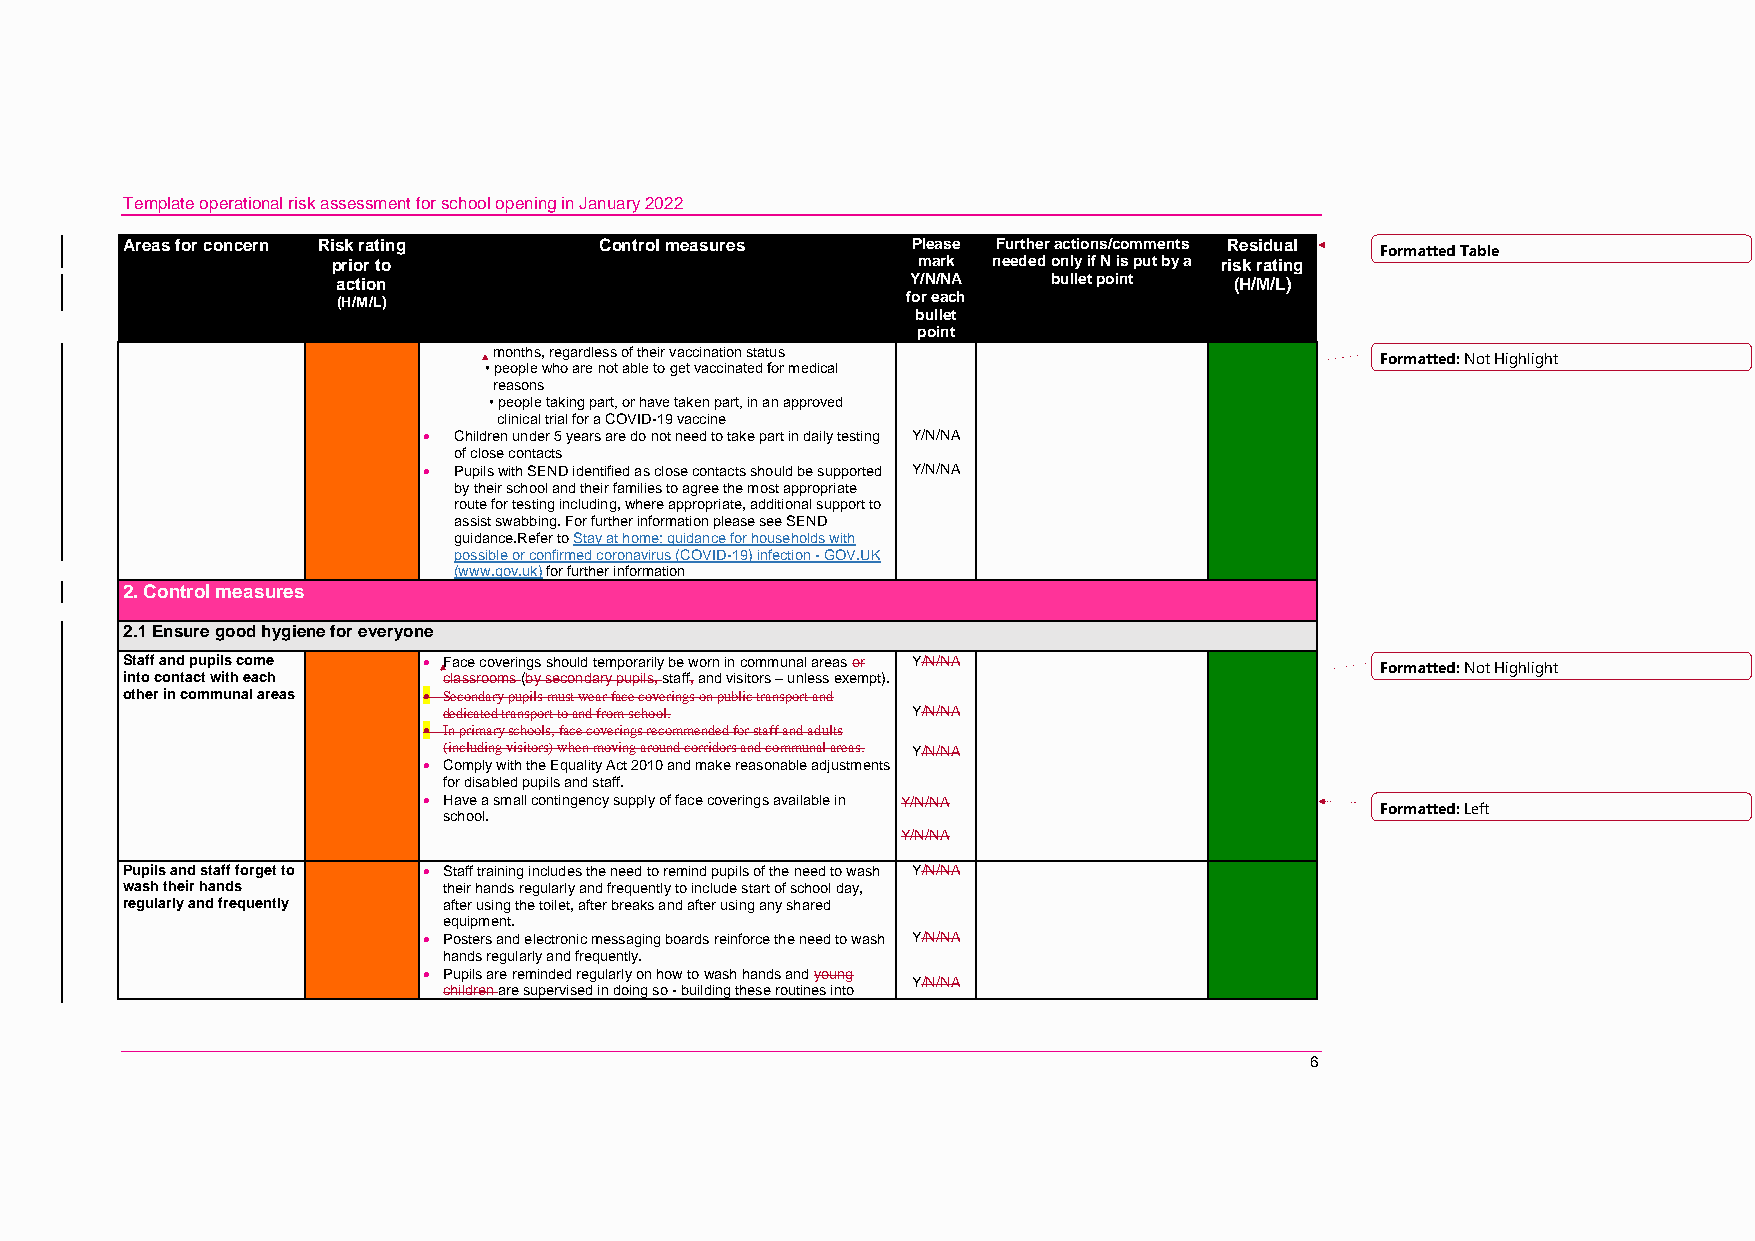
Template operational risk assessment for school opening in January 2022
 Areas for concern Risk rating   Control measures    Please Further actions/comments Residual Formatted Table
 prior to                               mark needed only if N is put by a risk rating
 action                                Y/N/NA    bullet point (H/M/L)
 (H/M/L)                               for each
 bullet
 point
 months, regardless of their vaccination status
 Formatted: Not Highlight
 • people who are not able to get vaccinated for medical
 reasons
 • people taking part, or have taken part, in an approved
 clinical trial for a COVID-19 vaccine
  Children under 5 years are do not need to take part in daily testing Y/N/NA
 of close contacts
  Pupils with SEND identified as close contacts should be supported Y/N/NA
 by their school and their families to agree the most appropriate
 route for testing including, where appropriate, additional support to
 assist swabbing. For further information please see SEND
 guidance.Refer to Stay at home: guidance for households with
 possible or confirmed coronavirus (COVID-19) infection - GOV.UK
 (www.gov.uk) for further information
 2. Control measures
 2.1 Ensure good hygiene for everyone
 Staff and pupils come  Face coverings should temporarily be worn in communal areas or Y/N/NA Formatted: Not Highlight
 into contact with each classrooms (by secondary pupils, staff, and visitors – unless exempt).
 other in communal areas  Secondary pupils must wear face coverings on public transport and
 dedicated transport to and from school. Y/N/NA
  In primary schools, face coverings recommended for staff and adults
 (including visitors) when moving around corridors and communal areas. Y/N/NA
  Comply with the Equality Act 2010 and make reasonable adjustments
 for disabled pupils and staff.
  Have a small contingency supply of face coverings available in Y/N/NA
 Formatted: Left
 school.
 Y/N/NA
 Pupils and staff forget to  Staff training includes the need to remind pupils of the need to wash Y/N/NA
 wash their hands     their hands regularly and frequently to include start of school day,
 regularly and frequently after using the toilet, after breaks and after using any shared
 equipment.
  Posters and electronic messaging boards reinforce the need to wash Y/N/NA
 hands regularly and frequently.
  Pupils are reminded regularly on how to wash hands and young
 Y/N/NA
 children are supervised in doing so - building these routines into
 6